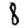
Digit: 8